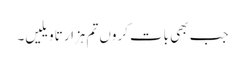
جب بھی بات کروں تم ہزار تاویلیں۔